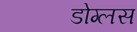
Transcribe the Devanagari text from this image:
डोग्लस